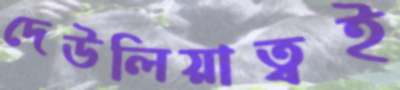
দেউলিয়াত্বই